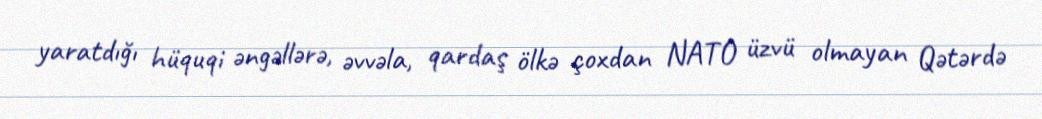
yaratdığı hüquqi əngəllərə, əvvəla, qardaş ölkə çoxdan NATO üzvü olmayan Qətərdə